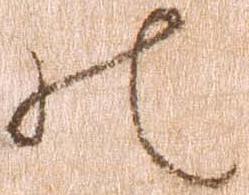
の